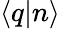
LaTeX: \left\langle q|n\right\rangle